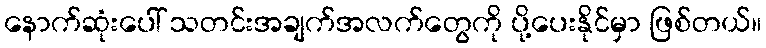
နောက်ဆုံးပေါ် သတင်းအချက်အလက်တွေကို ပို့ပေးနိုင်မှာ ဖြစ်တယ်။